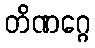
တိဏဂ္ဂေ